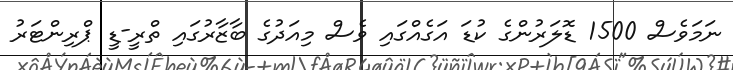
ނަމަވެސް 1500 ޑޮލަރުންގެ ކުޑަ އަގެއްގައި ވެސް މިއަދުގެ ބާޒާރުގައި ތްރީ-ޑީ ޕްރިންޓަރު